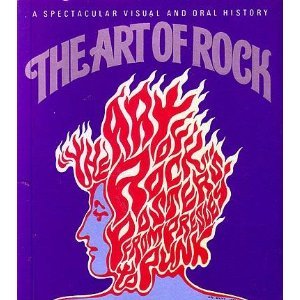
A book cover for The Art of Rock: Posters from Presley to Punk (Tiny Folio); Paul Grushkin; Crafts, Hobbies & Home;